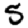
Digit: 5